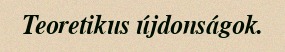
Teoretikus újdonságok.